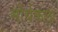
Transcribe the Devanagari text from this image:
मौर्यकला